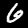
Label: 6